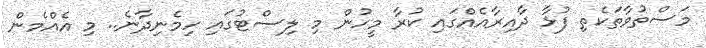
މަސްތުވާތަކެތި ފުޅާ ދާއިރާއެއްގައި ކުރާ މީހުން މި ލިސްޓުގައި ހިމެނިދާނެ.. މި އެއްމެން